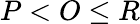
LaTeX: P<O\leq R